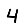
Digit: 4